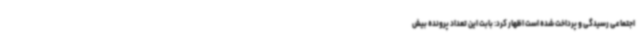
اجتماعی رسیدگی و پرداخت شده است اظهار کرد: بابت این تعداد پرونده بیش